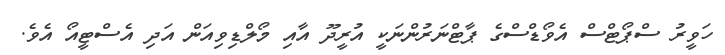
ހަވީރު ސްޕޯޓްސް އެވޯޑްސްގެ ޕާޓްނަރުންނަކީ އުރީދޫ އާއި މޯލްޑިވިއަން އަދި އެސްޓީއޯ އެވެ.